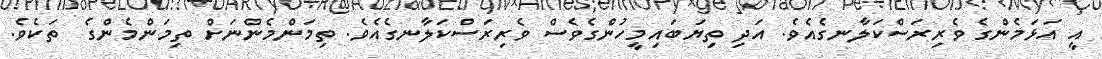
އީ އަޅަމެންގެ ވެރިރަސްކަލާނގެއެވެ. އަދި ތިޔަބައިމީހުންގެވެސް ވެރިރަސްކަލާނގެއެވެ. ތިމަންމެންނަށް ތިމަންމެންގެ  ތަކެވެ.